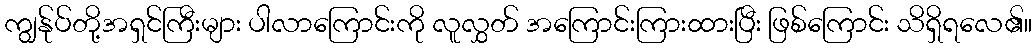
ကျွန်ုပ်တို့အရှင်ကြီးများ ပါလာကြောင်းကို လူလွှတ် အကြောင်းကြားထားပြီး ဖြစ်ကြောင်း သိရှိရလေ၏။